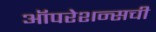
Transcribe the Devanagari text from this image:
ऑपरेशन्सची